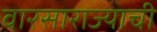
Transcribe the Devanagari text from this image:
वारसाराज्याची